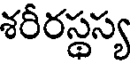
శరీరస్థస్య